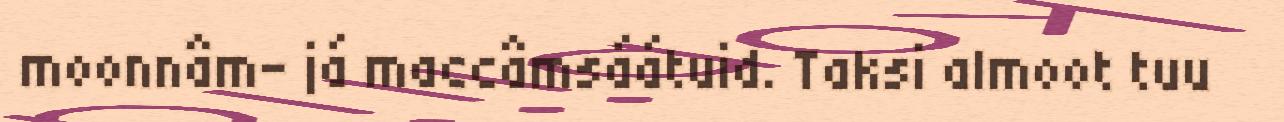
moonnâm- já maccâmsáátuid. Taksi almoot tuu